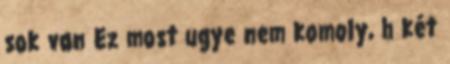
sok van Ez most ugye nem komoly, h két